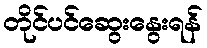
တိုင်ပင်ဆွေးနွေးရန်